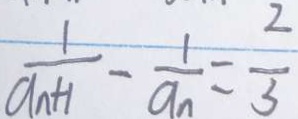
\frac { 1 } { a _ { n + 1 } } - \frac { 1 } { a _ { n } } = \frac { 2 } { 3 }